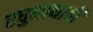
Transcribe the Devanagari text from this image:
रघुनाथाची